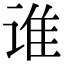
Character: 谁